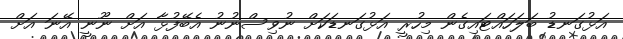
އަޅުގަނޑު ބަލަހައްޓައިގެން މިހުރީ އަޅުގަނޑަކަށް ނުވިސްނުނު އެބޭފުޅާ އަށް ނޫނީ އޭނަ އަށް